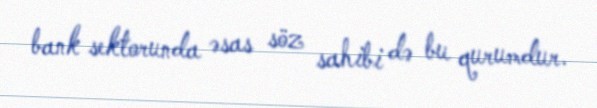
bank sektorunda əsas söz sahibi də bu qurumdur.